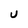
Character: U